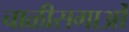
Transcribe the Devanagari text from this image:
चाळीसगाओं